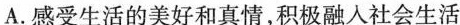
A.感受生活的美好和真情，积极融入社会生活